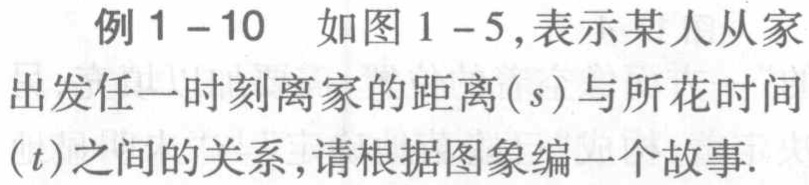
例1 -10 如图1 -5,表示某人从家出发任一时刻离家的距离( \(s\))与所花时间( \(t\))之间的关系,请根据图象编一个故事.